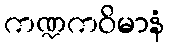
ကဏ္ဍကဝိမာနံ